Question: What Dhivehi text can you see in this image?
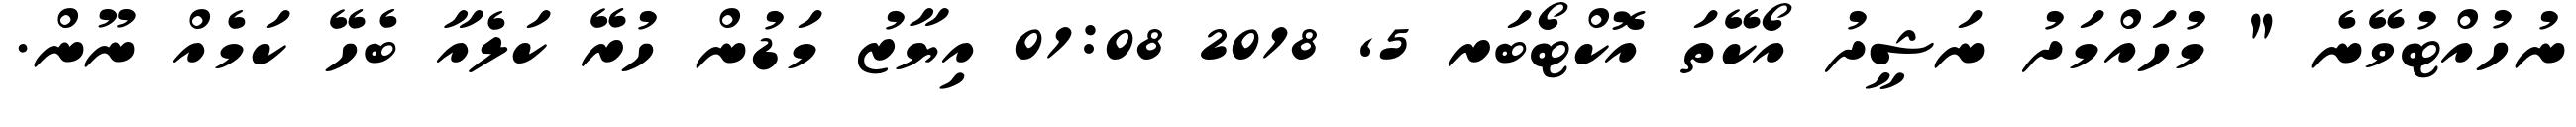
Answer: ނުހުއްޓުވޭނެ " މުހައްމަދު ނަޝީދު އޯކޭތަ އޮކްޓޯބަރ 5, 2018 01:08 އިޔާޒު މަޑުން ހުރޭ ކަލެއާ ބެހޭ ކަމެއް ނޫން.